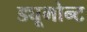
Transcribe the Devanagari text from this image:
ड्यूमोन्ट